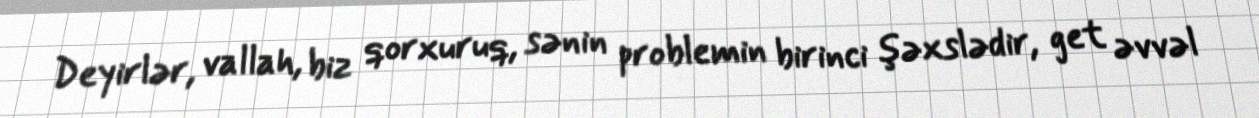
Deyirlər, vallah, biz qorxuruq, sənin problemin birinci şəxslədir, get əvvəl